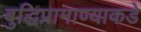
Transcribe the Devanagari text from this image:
बुद्धिप्रामाण्याकडे